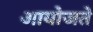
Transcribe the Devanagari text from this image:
आयोजते